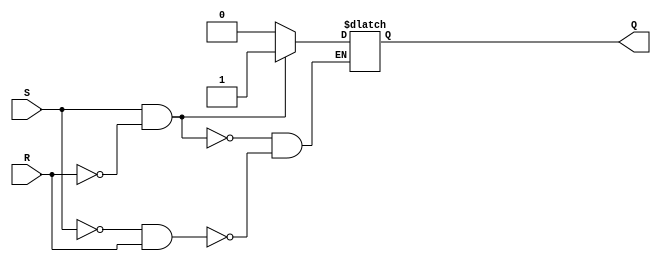
module SR_Latch(
    input S,
    input R,
    output reg Q
);

always @ (S or R)
begin
    if (S && !R)
        Q <= 1;
    else if (!S && R)
        Q <= 0;
end

endmodule